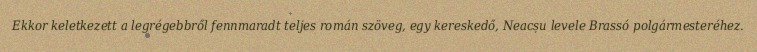
Ekkor keletkezett a legrégebbről fennmaradt teljes román szöveg, egy kereskedő, Neacșu levele Brassó polgármesteréhez.